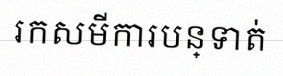
រកសមីការបន្ទាត់